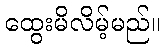
ထွေးမိလိမ့်မည်။